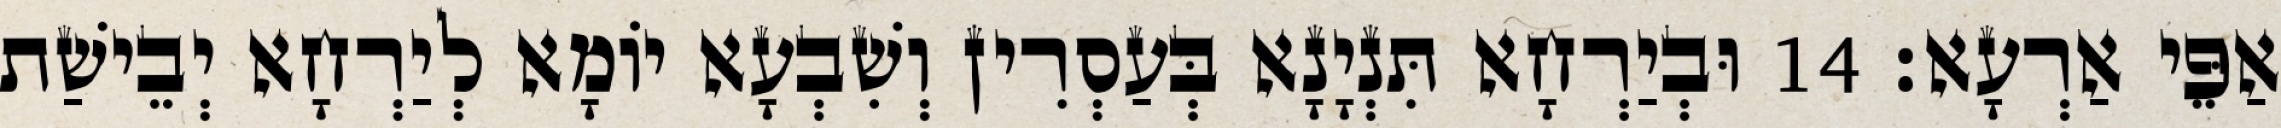
אַפֵּי אַרְעָא׃ 14 וּבְיַרְחָא תִּנְיָנָא בְּעַסְרִין וְשִׁבְעָא יוֹמָא לְיַרְחָא יְבֵישַׁת